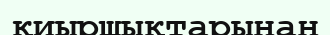
қиыршықтарынан